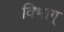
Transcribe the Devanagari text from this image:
विभाग्